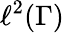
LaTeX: \ell^{2}(\Gamma)